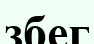
збег